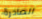
الصادرة